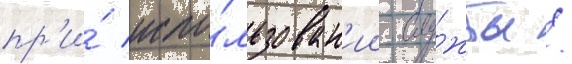
пр'и́ испо́льзован'ии слу́жбы /